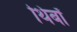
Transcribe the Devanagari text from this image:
थिबॉ